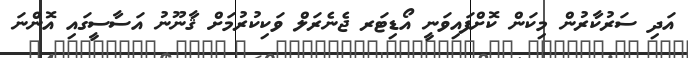
އަދި ސަރުކާރުން މިކަން ކޮށްފައިވަނީ އޯޑިޓަރ ޖެނެރަލް ވަކިކުރުމަށް ޤާނޫނު އަސާސީގައި އޮންނަ